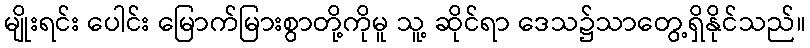
မျိုးရင်း ပေါင်း မြောက်မြားစွာတို့ကိုမူ သူ့ ဆိုင်ရာ ဒေသ၌သာတွေ့ရှိနိုင်သည်။